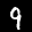
Label: 9